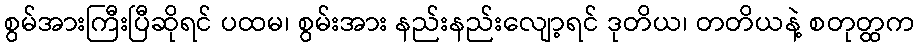
စွမ်အားကြီးပြီဆိုရင် ပထမ၊ စွမ်းအား နည်းနည်းလျော့ရင် ဒုတိယ၊ တတိယနဲ့ စတုတ္ထက